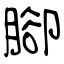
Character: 腳